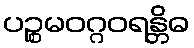
ပဉ္စမဝဂ္ဂဝရန္တိဓ